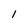
Character: 1